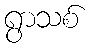
ရွာသစ်